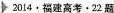
2014·福建高考·22题